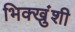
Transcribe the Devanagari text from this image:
भिक्खुंशी